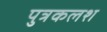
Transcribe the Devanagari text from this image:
पुत्रकलश